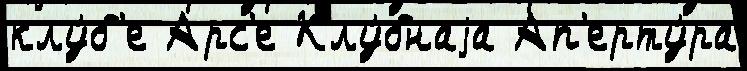
клу́б'е Арс'е Клу́бнаjа Ап'ерту́ра